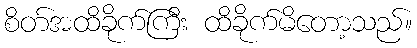
စိတ်အထိခိုက်ကြီး ထိခိုက်မိတော့သည်။